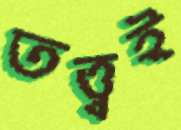
তত্ত্বই